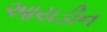
આયડીન